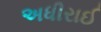
અધીરાઈ